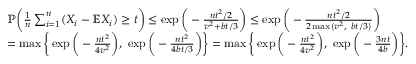
\begin{array} { r l } & { \mathbb { P } \bigg ( \frac { 1 } { n } \sum _ { i = 1 } ^ { n } ( X _ { i } - \mathbb { E } X _ { i } ) \geq t \bigg ) \leq \exp \bigg ( - \frac { n t ^ { 2 } / 2 } { v ^ { 2 } + b t / 3 } \bigg ) \leq \exp \bigg ( - \frac { n t ^ { 2 } / 2 } { 2 \operatorname* { m a x } \{ v ^ { 2 } , ~ b t / 3 \} } \bigg ) } \\ & { = \operatorname* { m a x } \bigg \{ \exp \bigg ( - \frac { n t ^ { 2 } } { 4 v ^ { 2 } } \bigg ) , ~ \exp \bigg ( - \frac { n t ^ { 2 } } { 4 b t / 3 } \bigg ) \bigg \} = \operatorname* { m a x } \bigg \{ \exp \bigg ( - \frac { n t ^ { 2 } } { 4 v ^ { 2 } } \bigg ) , ~ \exp \bigg ( - \frac { 3 n t } { 4 b } \bigg ) \bigg \} . } \end{array}